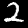
Digit: 2